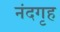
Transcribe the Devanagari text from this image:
नंदगृह